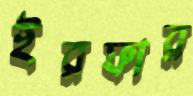
ইরফার